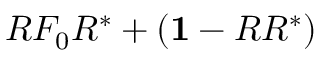
R F _ { 0 } R ^ { * } + ( { \bf 1 } - R R ^ { * } )